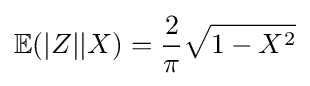
\mathbb {E} (|Z||X)={\frac {2}{\pi }}{\sqrt {1-X^{2}}}